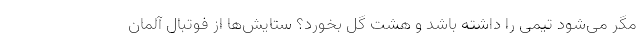
مگر می‌شود تیمی را داشته باشد و هشت گل بخورد؟ ستایش‌ها از فوتبال آلمان